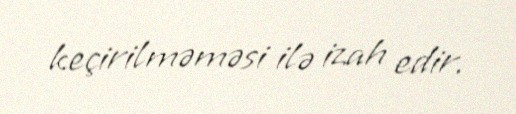
keçirilməməsi ilə izah edir.